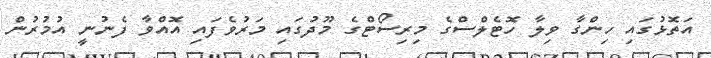
އަތޮޅުގައި ހިންގާ ވިލާ ހޮޓެލްސްގެ މިރިސޯޓްގެ މޫދުގައި މަރުވެފައި އޮއްވާ ފެނުނީ އުމުރުން